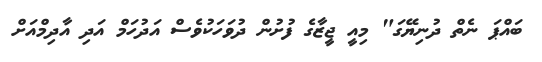
ބައްޕަ ނެތް ދުނިޔޭގަ" މިއީ ޖީޒާގެ ފުށުން ދުވަހަކުވެސް އަދުހަމް އަދި އާދިމްއަށް